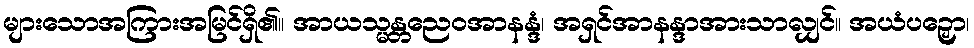
များသောအကြားအမြင်ရှိ၏။ အာယသ္မန္တညေဝအာနန္ဒံ၊ အရှင်အာနန္ဒာအားသာလျှင်။ အယံပဉှော၊